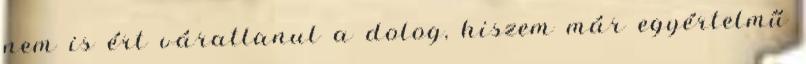
nem is ért váratlanul a dolog, hiszem már egyértelmű